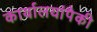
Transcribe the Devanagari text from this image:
कार्यालयांपैकी